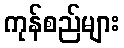
ကုန်စည်များ